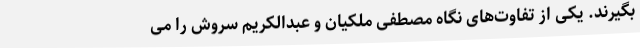
بگیرند. یکی از تفاوت‌های نگاه مصطفی ملکیان و عبدالکریم سروش را می